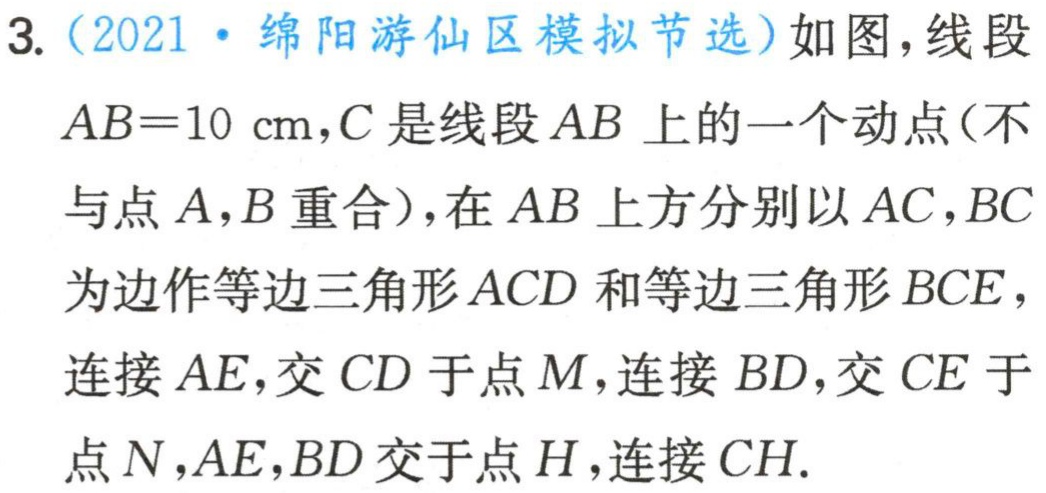
3.（2021·绵阳游仙区模拟节选）如图，线段
\(AB = 10\mathrm{cm}\)，\(C\)是线段\(AB\)上的一个动点（不
与点\(A\)，\(B\)重合），在\(AB\)上方分别以\(AC\)，\(BC\)
为边作等边三角形\(ACD\)和等边三角形\(BCE\)，
连接\(AE\)，交\(CD\)于点\(M\)，连接 \(BD\)，交\(CE\)于
点\(N\)，\(AE\)，\(BD\)交于点\(H\)，连接\(CH\).